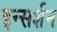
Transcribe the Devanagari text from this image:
इन्सर्शन